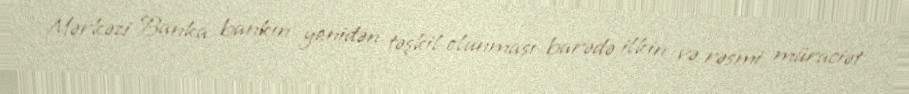
Mərkəzi Banka bankın yenidən təşkil olunması barədə ilkin və rəsmi müraciət